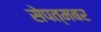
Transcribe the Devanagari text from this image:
सेपत्मबर